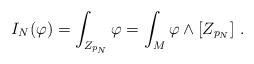
LaTeX: \begin{align*} I_{N}(\varphi)=\int_{Z_{p_N}}\varphi=\int_M\varphi\wedge [Z_{p_N}]\ .\end{align*}